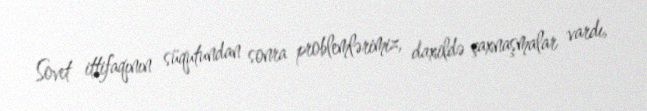
Sovet ittifaqının süqutundan sonra problemlərimiz, daxildə çaxnaşmalar vardı,